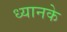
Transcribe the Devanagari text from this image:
ध्यानके